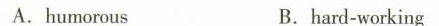
A.humorous B.hanl-working